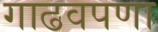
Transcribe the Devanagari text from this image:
गाढवपणा